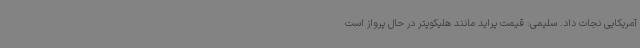
آمریکایی نجات داد. سلیمی: قیمت پراید مانند هلیکوپتر در حال پرواز است